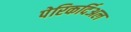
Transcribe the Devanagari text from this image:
पेरिकर्दिअल